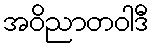
အဝိညာတဝါဒီ